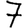
Digit: 7